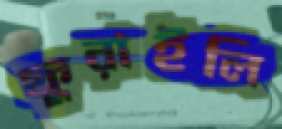
ফুরাইলি